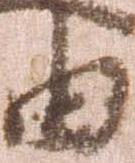
由